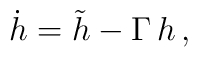
{\dot h} = {\tilde h} - \Gamma \, h\,,